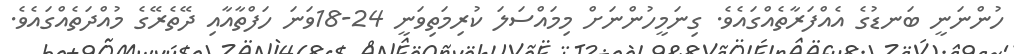
ހުންނަނީ ބަނޑުގެ އެއްފަރާތެއްގައެވެ. ގިނަމީހުންނަށް މިމައްސަލަ ކުރިމަތިވަނީ 24-18ވަނަ ހަފްތާއާއި ދޭތެރޭގެ މުއްދަތެއްގައެވެ.